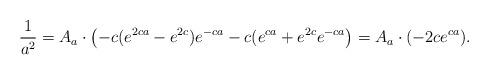
LaTeX: \begin{align*}\frac{1}{a^2}&=A_a\cdot\left(-c(e^{2ca} - e^{2c})e^{-ca} - c(e^{ca}+e^{2c}e^{-ca}\right)= A_a \cdot (-2ce^{ca}).\end{align*}